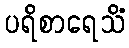
ပရိစာရေသိံ